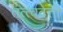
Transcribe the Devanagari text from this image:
तत्त्ववेत्ती